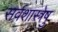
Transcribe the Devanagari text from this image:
सर्वशास्त्रेषु